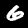
Digit: 6